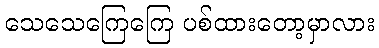
သေသေကြေကြေ ပစ်ထားတော့မှာလား